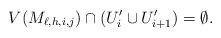
\begin{align*}V(M_{\ell,h,i,j})\cap (U_i'\cup U_{i+1}')=\emptyset.\end{align*}